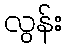
လွန်း